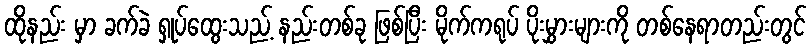
ထိုနည်း မှာ ခက်ခဲ ရှုပ်ထွေးသည့် နည်းတစ်ခု ဖြစ်ပြီး မိုက်ကရုပ် ပိုးမွှားများကို တစ်နေရာတည်းတွင်